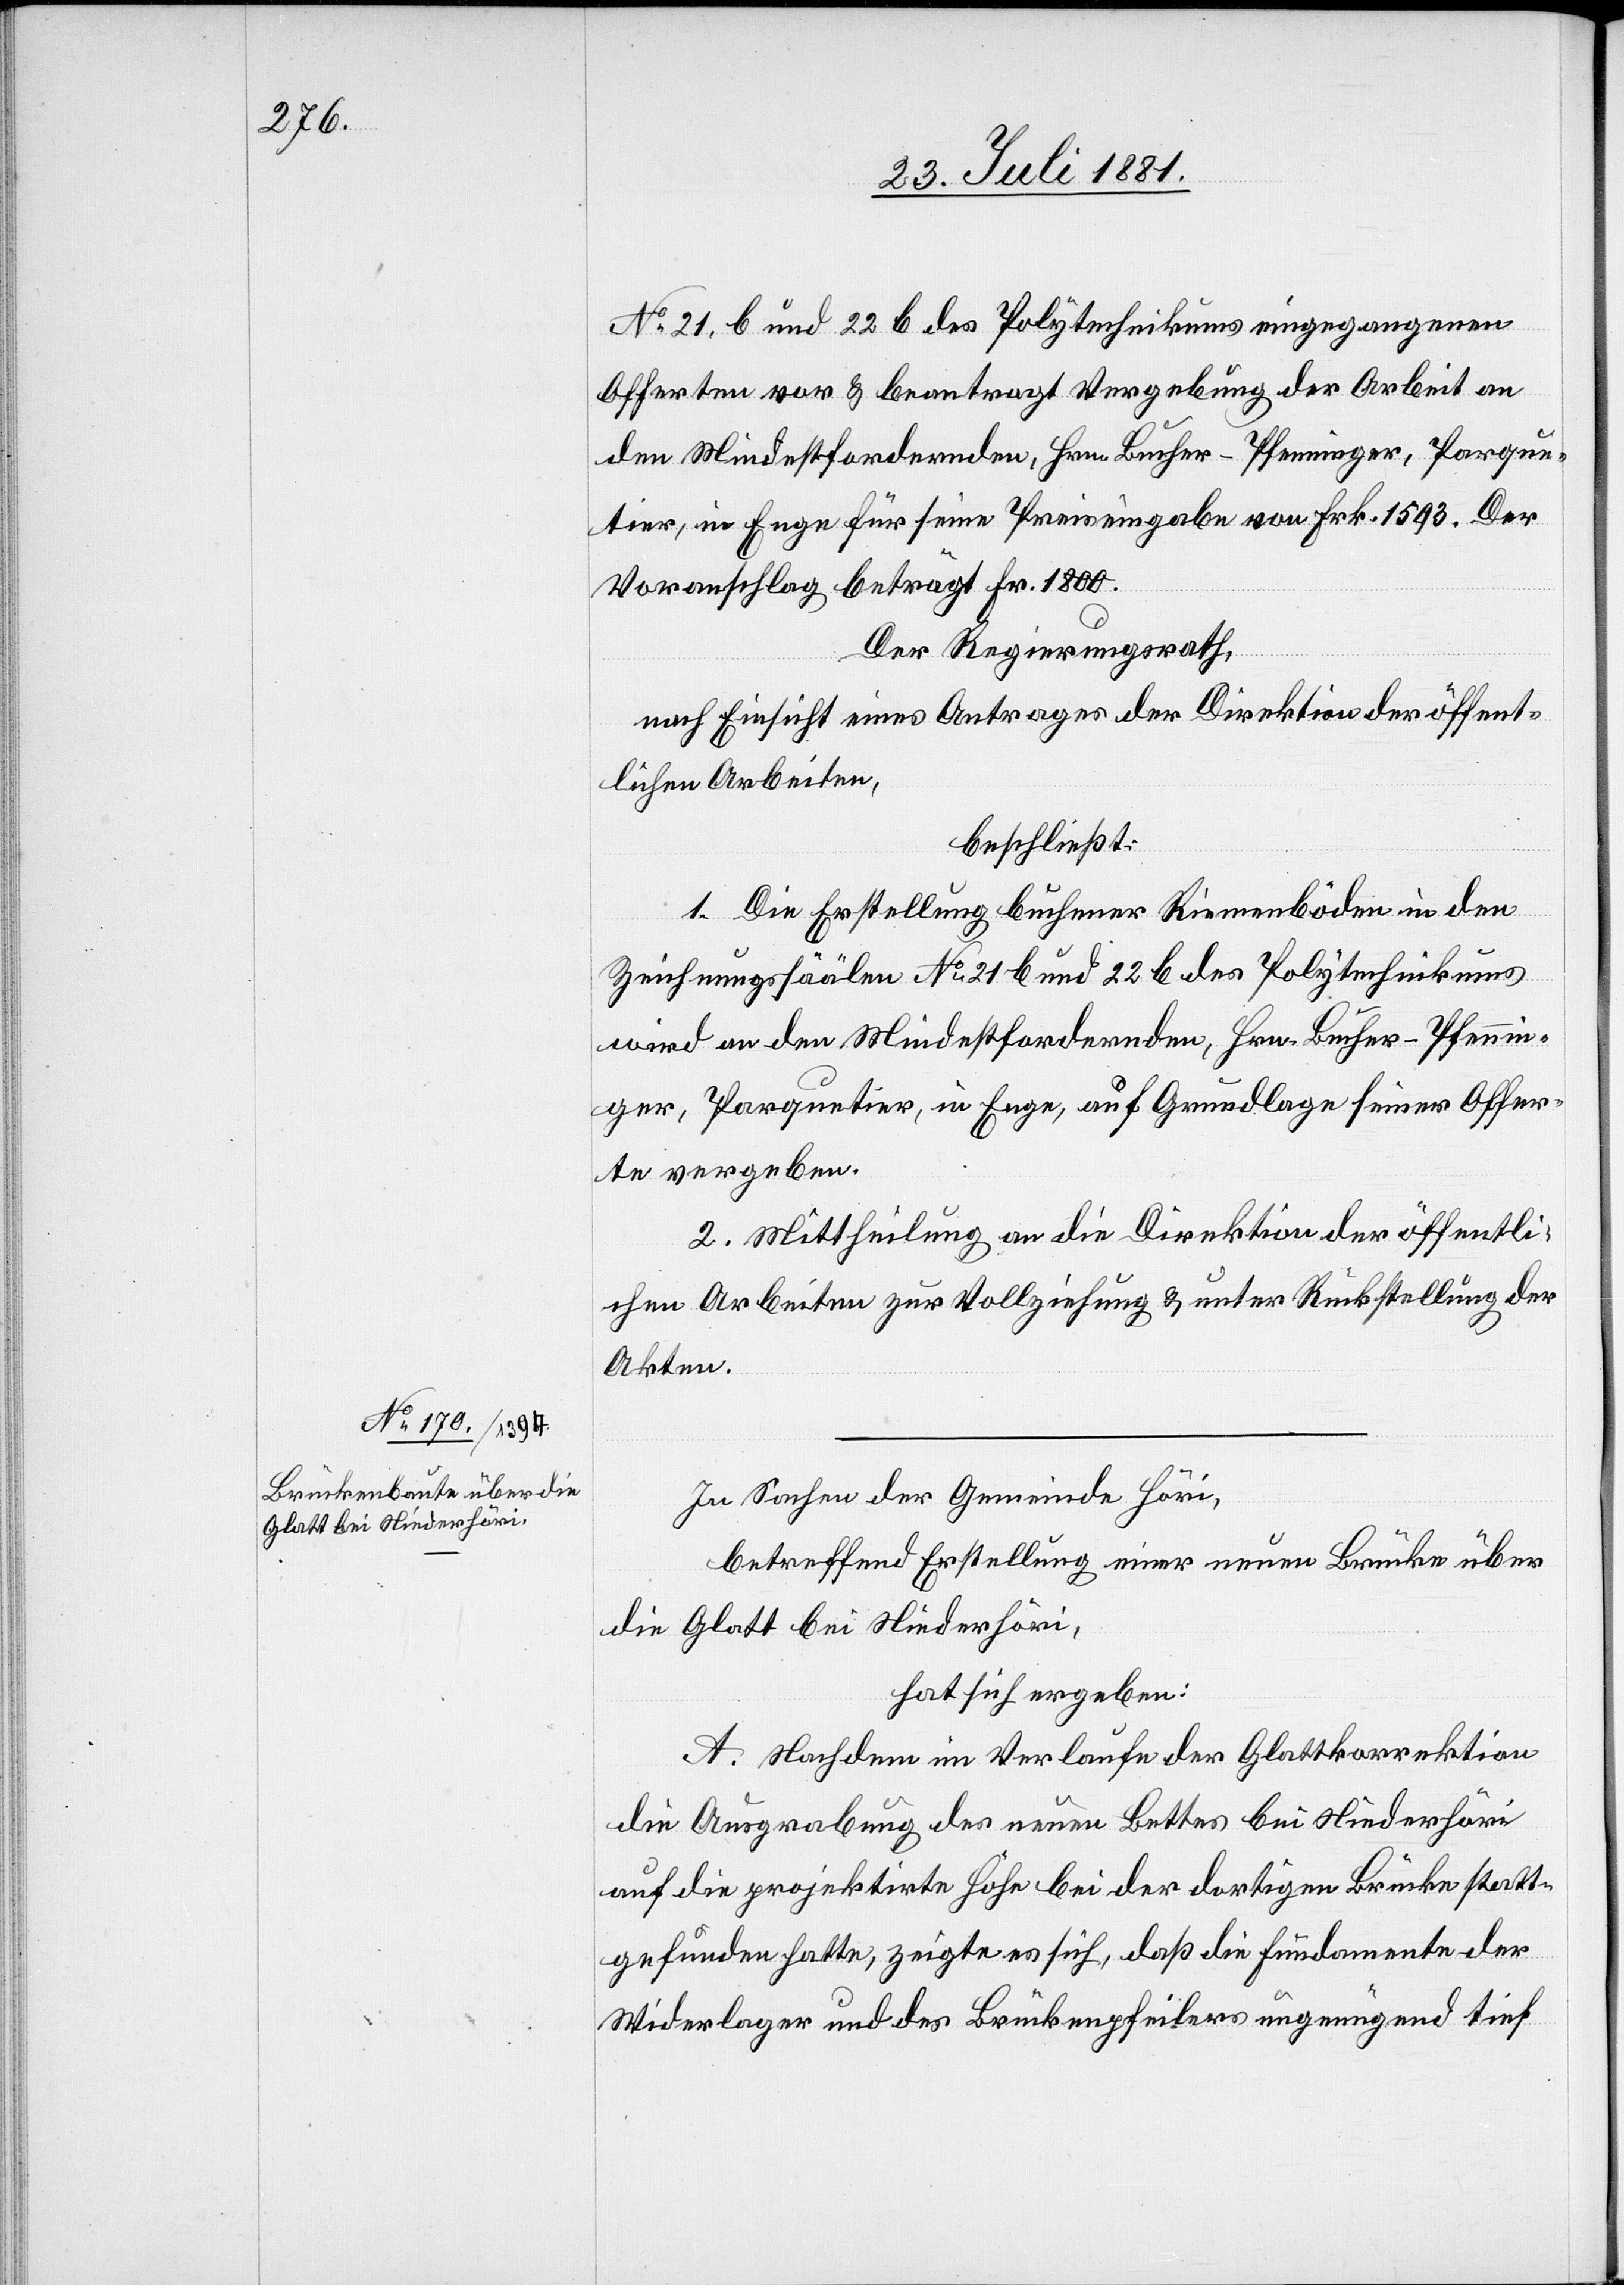
No 21 b und 22 b des Polytechnikums eingegangenen
Offerten vor & beantragt Vergebung der Arbeit an
den Mindestfordernden, Hrn. Bucher-Pfenninger, Parque¬
tier, in Enge für seine Preiseingabe von Frk. 1593. Der
Voranschlag beträgt Fr. 1800.
Der Regierungsrath,
nach Einsicht eines Antrages der Direktion der öffent¬
lichen Arbeiten,
beschließt:
1. Die Erstellung buchener Riemenböden in den
Zeichnungssäälen No 21 b und 22 b des Polytechnikums
wird an den Mindestfordernden, Hrn. Bucher-Pfennin¬
ger, Parquetier, in Enge, auf Grundlage seiner Offer¬
te vergeben.
2. Mittheilung an die Direktion der öffentli¬
chen Arbeiten zur Vollziehung & unter Rückstellung der
Akten.
In Sachen der Gemeinde Höri,
betreffend Erstellung einer neuen Brücke über
die Glatt bei Niederhöri,
hat sich ergeben:
A. Nachdem im Verlaufe der Glattkorrektion
die Ausgrabung des neuen Bettes bei Niederhöri
auf die projektirte Höhe bei der dortigen Brücke statt¬
gefunden hatte, zeigte es sich, daß die Fundamente der
Widerlager und des Brückenpfeilers ungenügend tief